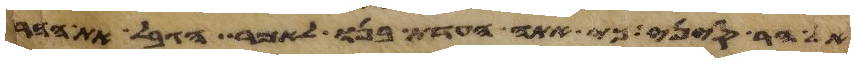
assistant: אל הר סיני כי אתה העדת בנו לאמר הגבל את ההר